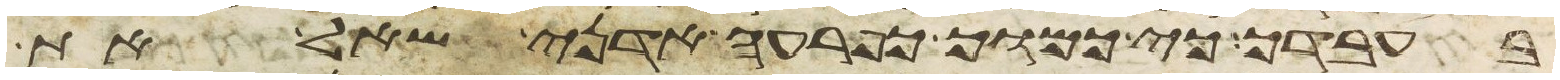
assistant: בעבדך כי כמוך כפרעה אדני שאל את